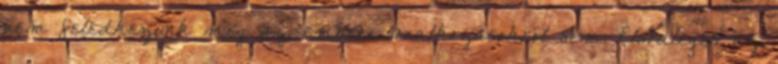
nem feledkezünk meg az emberi vonatkozásokról sem. Elsôdleges az